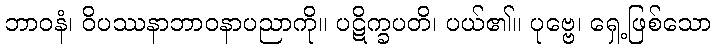
ဘာဝနံ၊ ဝိပဿနာဘာဝနာပညာကို။ ပဋိက္ခပတိ၊ ပယ်၏။ ပုဗ္ဗေ၊ ရှေ့ဖြစ်သော